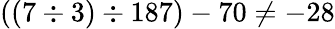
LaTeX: ((7\div 3)\div 187)-70\neq-28